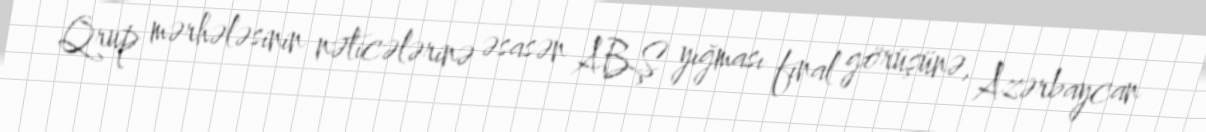
Qrup mərhələsinin nəticələrinə əsasən ABŞ yığması final görüşünə, Azərbaycan